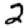
Digit: 2